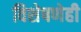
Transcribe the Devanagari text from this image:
विशेषणेही